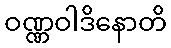
ဝဏ္ဏဝါဒိနောတိ